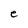
Character: e